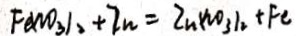
F e ( N O _ { 3 } ) _ { 2 } + Z n = = Z n ( N O _ { 3 } ) _ { 2 } + F e